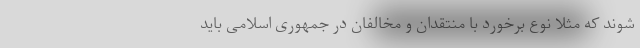
شوند که مثلاً نوع برخورد با منتقدان و مخالفان در جمهوری اسلامی باید